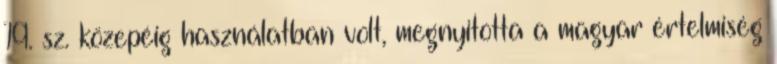
19. sz. közepéig használatban volt, megnyitotta a magyar értelmiség